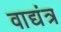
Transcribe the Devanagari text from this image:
वाद्यंत्र